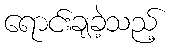
ရောင်းချခဲ့သည့်